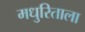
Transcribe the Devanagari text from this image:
मधुरिताला